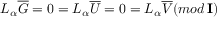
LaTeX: L _ { \alpha } \overline { { { G } } } = 0 = L _ { \alpha } \overline { { { U } } } = 0 = L _ { \alpha } \overline { { { V } } } ( m o d \, { \bf I } )